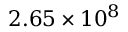
2 . 6 5 \times 1 0 ^ { 8 }